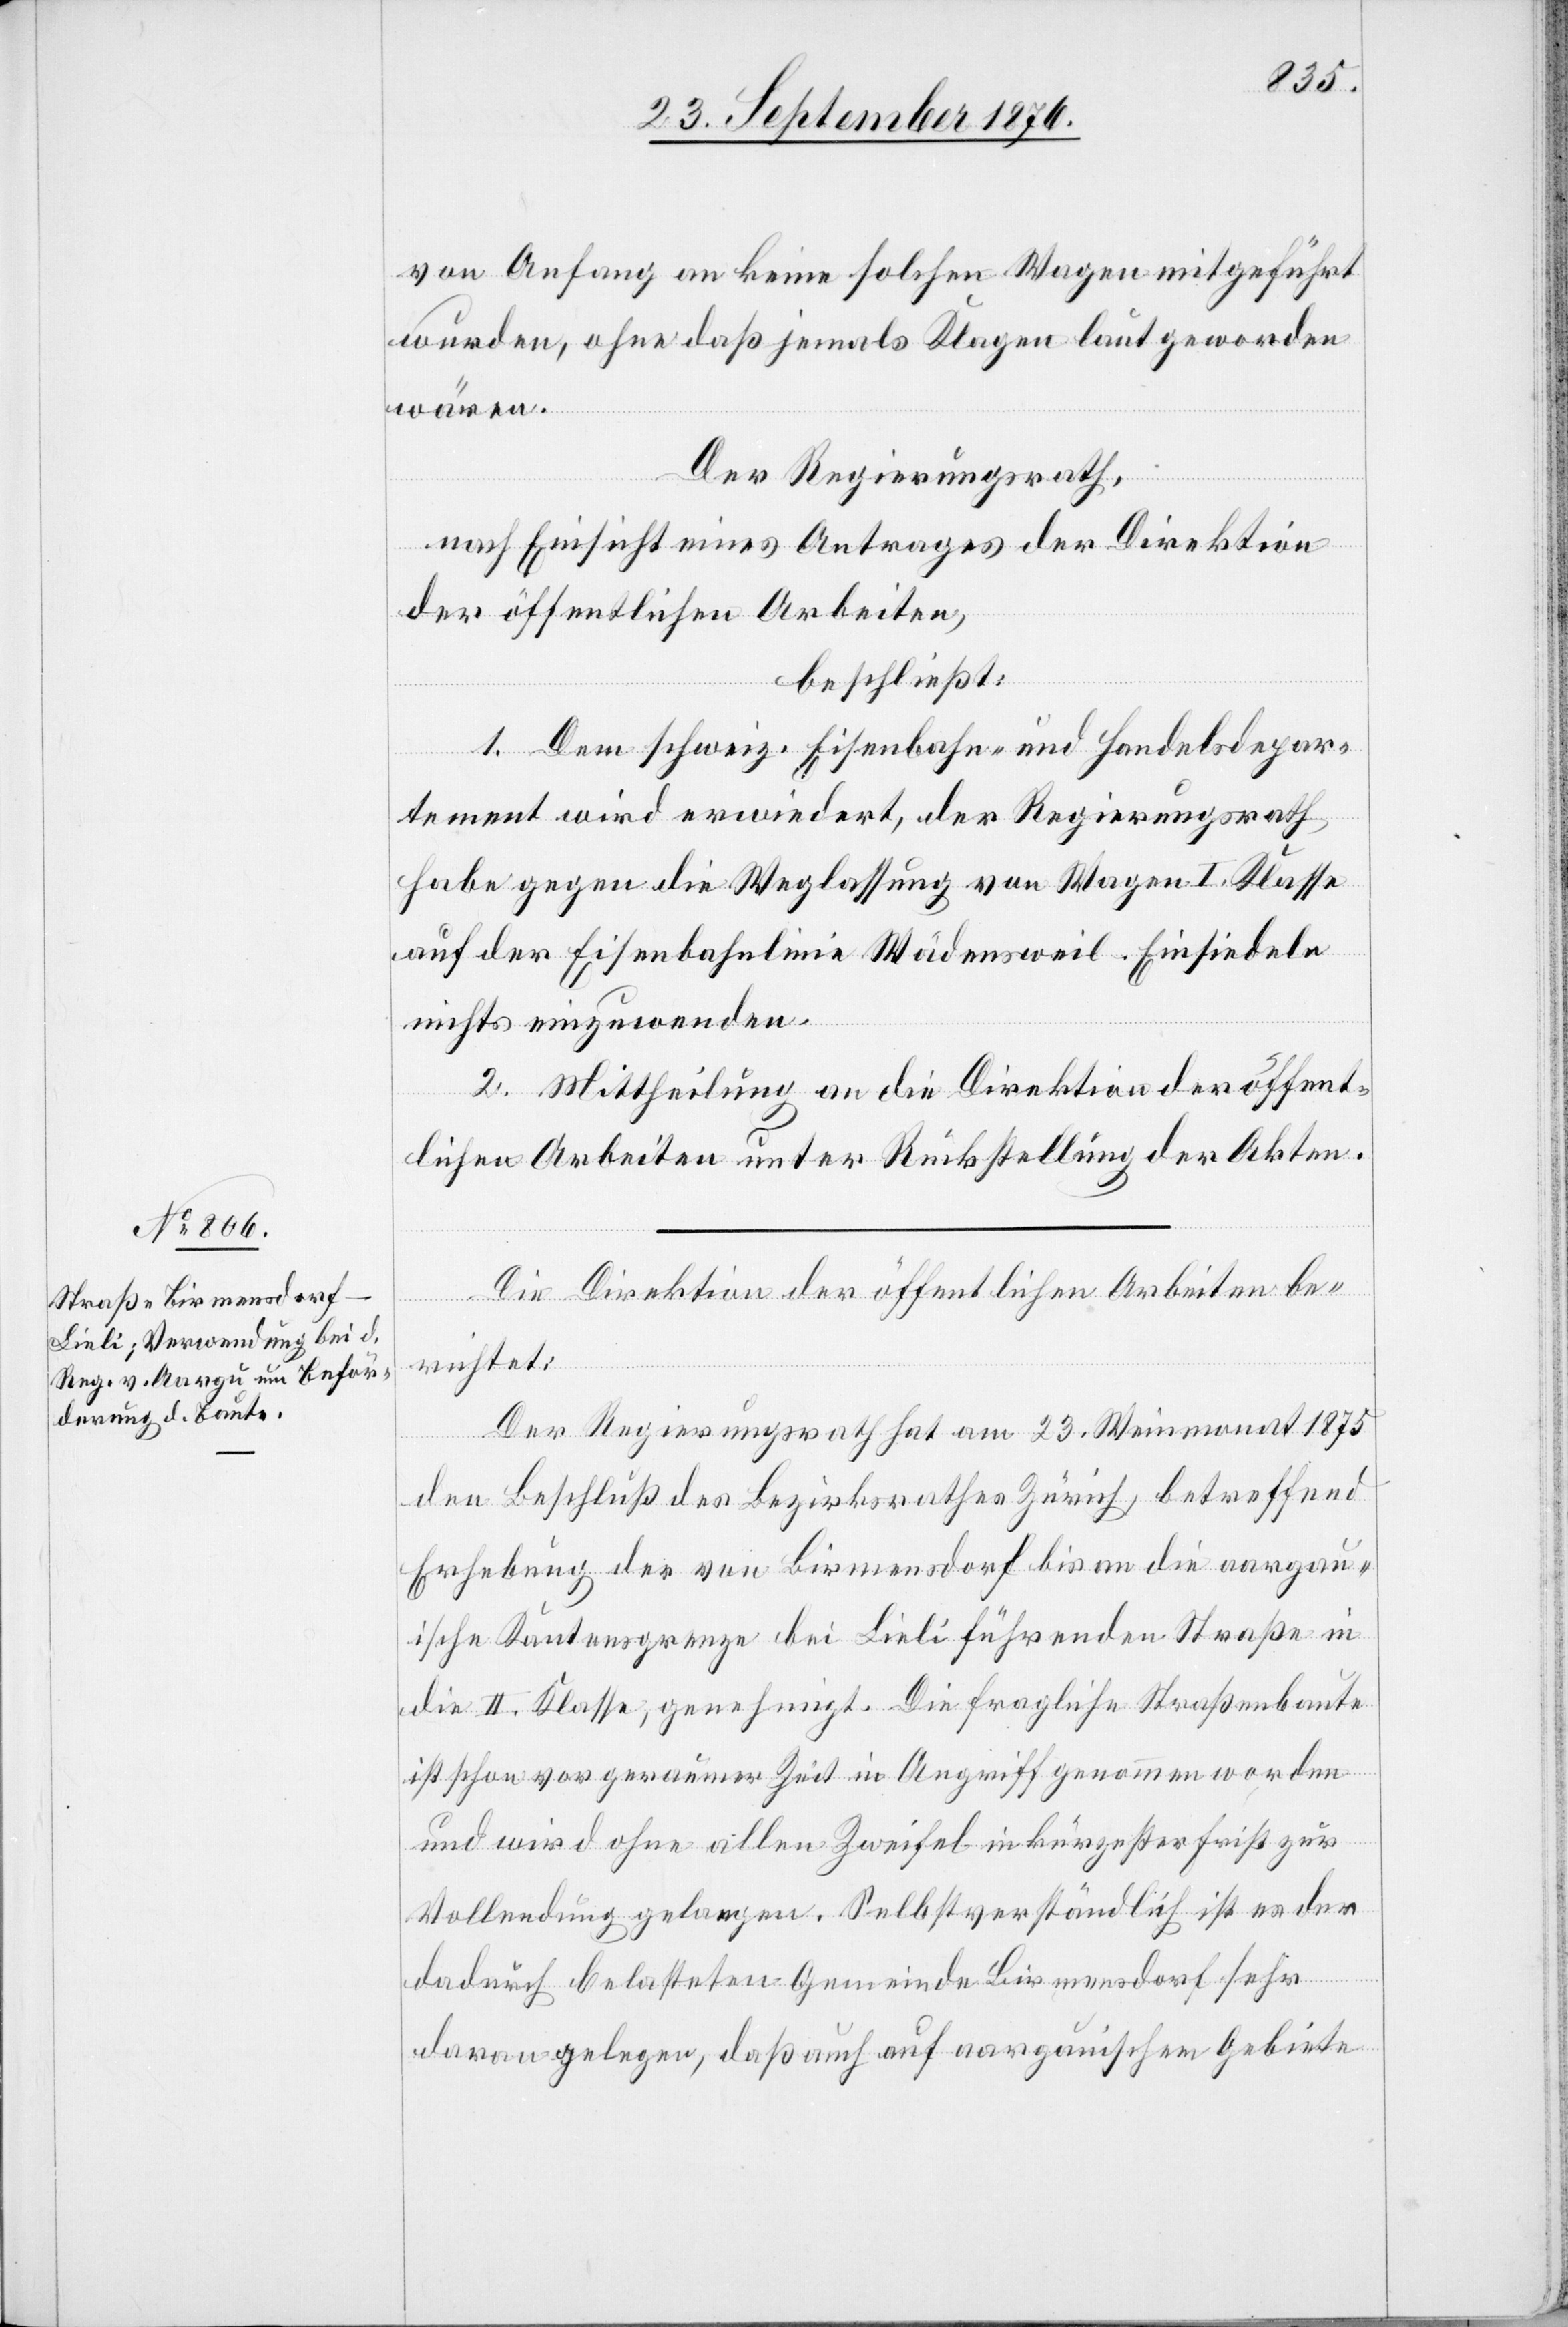
von Anfang an keine solchen Wagen mitgeführt
wurden, ohne daß jemals Klagen laut geworden
wären.
Der Regierungsrath,
nach Einsicht eines Antrages der Direktion
der öffentlichen Arbeiten,
beschließt:
1. Dem schweiz. Eisenbahn- und Handelsdepar¬
tement wird erwiedert, der Regierungsrath
habe gegen die Weglassung von Wagen I. Klasse
auf der Eisenbahnlinie Wädensweil–Einsiedeln
nichts einzuwenden.
2. Mittheilung an die Direktion der öffent¬
lichen Arbeiten unter Rückstellung der Akten.
Die Direktion der öffentlichen Arbeiten be¬
richtet:
Der Regierungsrath hat am 23. Weinmonat 1875
den Beschluß des Bezirksrathes Zürich, betreffend
Erhebung der von Birmensdorf bis an die aargau¬
ische Kantonsgrenze bei Lieli führenden Straße in
die II. Klasse, genehmigt. Die fragliche Straßenbaute
ist schon vor geraumer Zeit in Angriff genommen worden
und wird ohne allen Zweifel in kürzester Frist zur
Vollendung gelangen. Selbstverständlich ist es der
dadurch belasteten Gemeinde Birmensdorf sehr
daran gelegen, daß auch auf aargauischem Gebiete